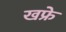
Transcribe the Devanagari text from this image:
खफ्रे